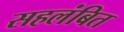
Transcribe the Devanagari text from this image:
सहलंबित